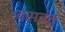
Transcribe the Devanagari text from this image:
दसवंत